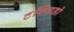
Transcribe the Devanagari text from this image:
टक्सिडो